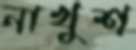
নাখুশ